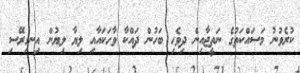
ކުރެވުނު މަސައްކަތުގެ ނަތީޖާއިން ދިވެހި ބަހުން ދައްކާ ވާހަކައާއި ލިޔާ ލިޔުން އިނގިރޭސި